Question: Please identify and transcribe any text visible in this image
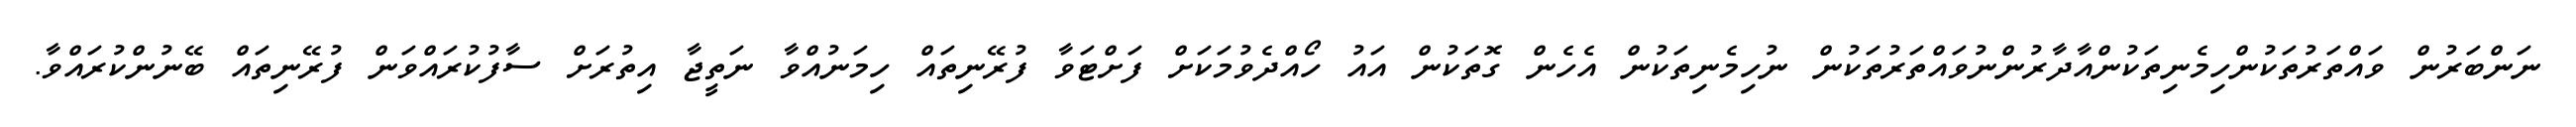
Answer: ނަންބަރުން ވައްތަރުތަކުންހިމެނިތަކުންއާދާރުންނުވައްތަރުތަކުން ނުހިމެނިތަކުން އެހެން ގޮތަކުން އައު ހޯއްދެވުމަކަށް ފަށްޓަވާ ފުރޭނިތައް ހިމަނުއްވާ ނަތީޖާ އިތުރަށް ސާފުކުރައްވަން ފުރޭނިތައް ބޭނުންކުރައްވާ.